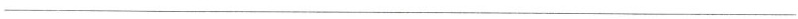
___